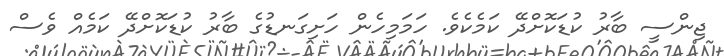
ޖިންސީ ބާރު ކުޑަކޮށްދޭ ކަމެކެވެ. ހަމަމިހެން ހަށިގަނޑުގެ ބާރު ކުޑަކޮށްދޭ ކަމެއް ވެސް